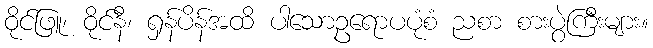
ဝိုင်ဖြူ၊ ဝိုင်နီ၊ ရှန်ပိန်အထိ ပါသောဥရောပပုံစံ ညစာ စားပွဲကြီးများ။